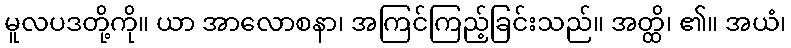
မူလပဒတို့ကို။ ယာ အာလောစနာ၊ အကြင်ကြည့်ခြင်းသည်။ အတ္ထိ၊ ၏။ အယံ၊